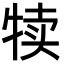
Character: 犊